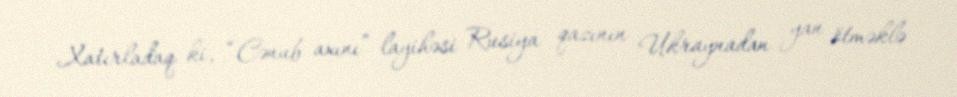
Xatırladaq ki, “Cənub axını” layihəsi Rusiya qazının Ukraynadan yan ötməklə